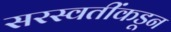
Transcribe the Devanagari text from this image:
सरस्वतींकडून